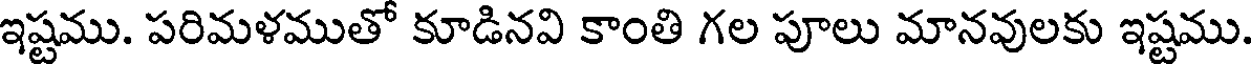
ఇష్టము. పరిమళముతో కూడినవి కాంతి గల పూలు మానవులకు ఇష్టము.